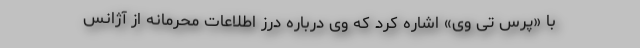
با «پرس تی وی» اشاره کرد که وی درباره درز اطلاعات محرمانه از آژانس